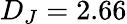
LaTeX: D_{J}=2.66